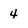
Character: 4